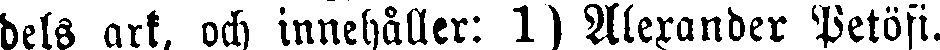
dels ark, och innehåller: 1) Alexander Petöfi.